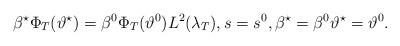
LaTeX: \begin{align*}\beta^\star \Phi_T(\vartheta^\star) = \beta^0 \Phi_T(\vartheta^0) L^2(\lambda_T), s=s^0, \beta^\star = \beta^0 \vartheta^\star= \vartheta^0.\end{align*}